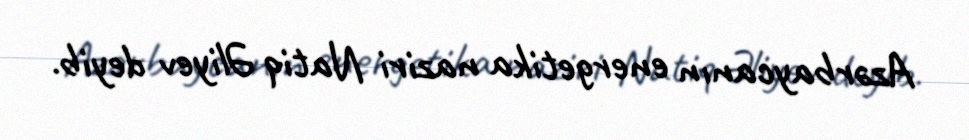
Azərbaycanın energetika naziri Natiq Əliyev deyib.